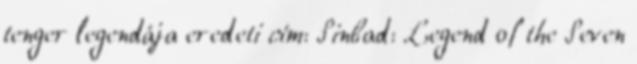
tenger legendája eredeti cím: Sinbad: Legend of the Seven